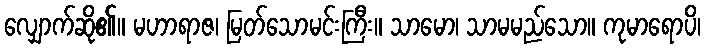
လျှောက်ဆို၏။ မဟာရာဇ၊ မြတ်သောမင်းကြီး။ သာမော၊ သာမမည်သော။ ကုမာရောပိ၊